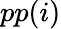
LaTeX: pp(i)